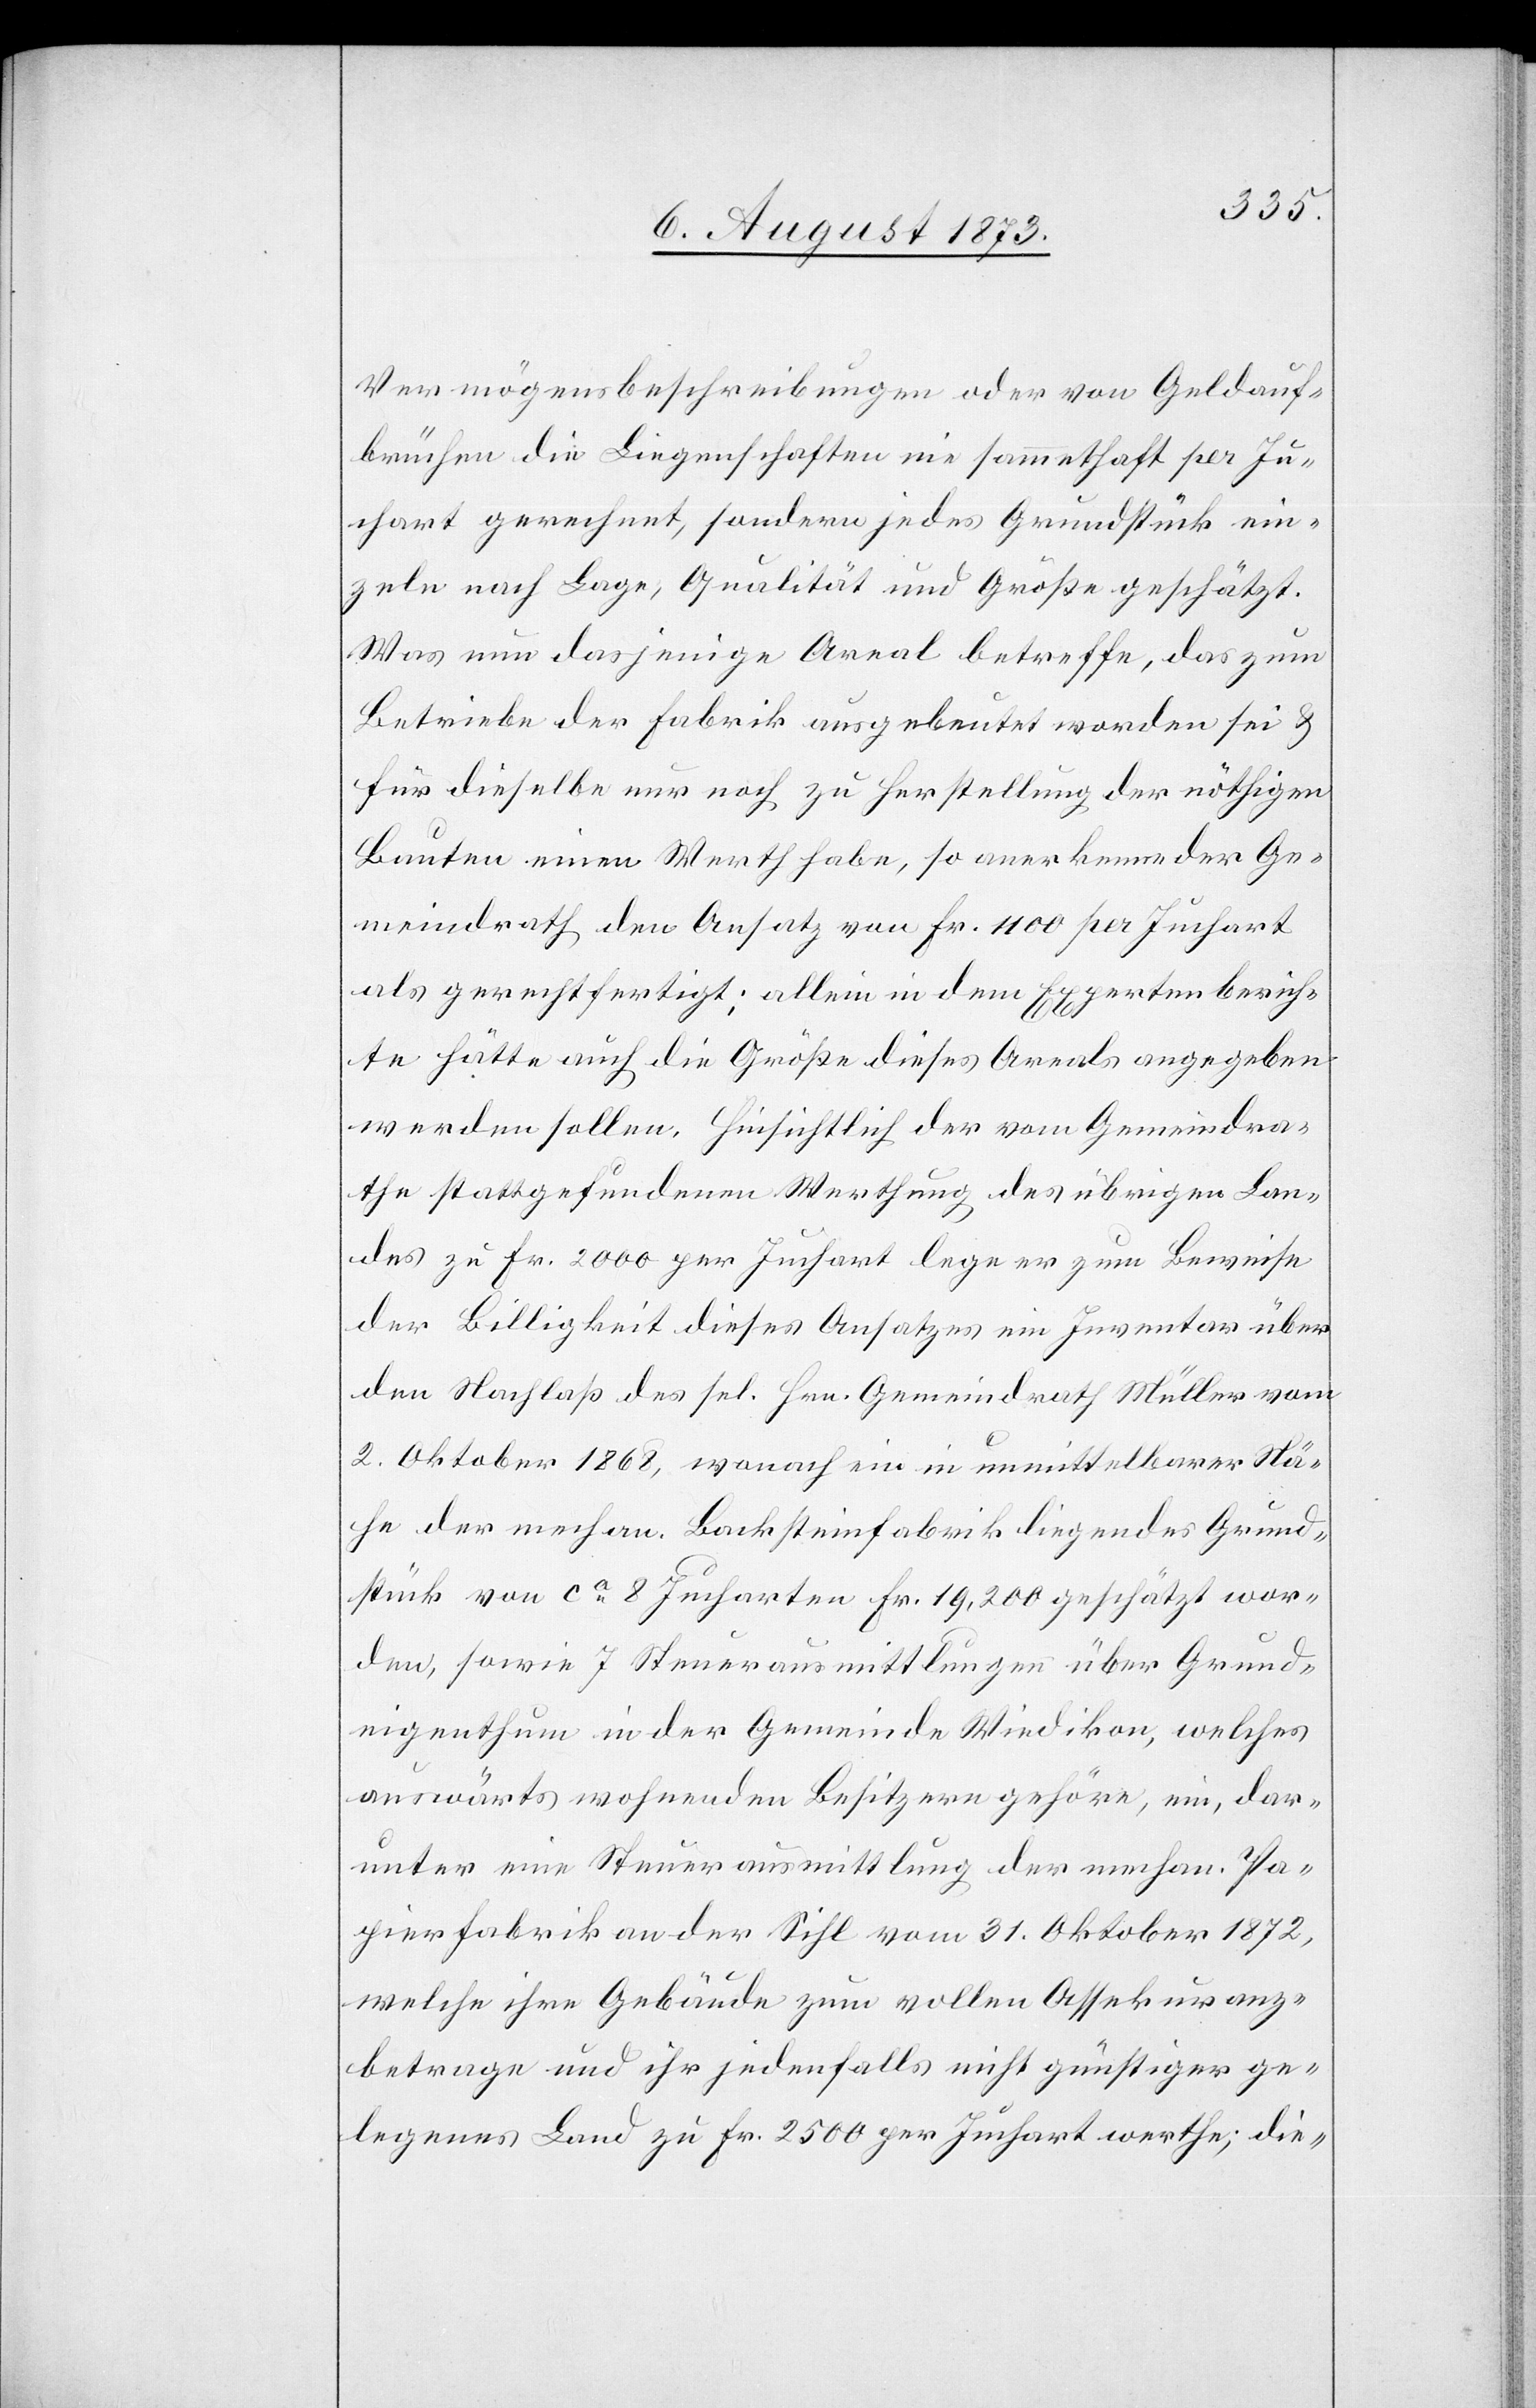
Vermögensbeschreibungen oder von Geldauf¬
brüchen die Liegenschaften nie sammethaft per Ju¬
chart gerechnet, sondern jedes Grundstück ein¬
zeln nach Lage, Qualität und Größe geschätzt.
Was nun dasjenige Areal betreffe, das zum
Betriebe der Fabrik ausgebeutet worden sei &
für dieselbe nur noch zu Herstellung der nöthigen
Bauten einen Werth habe, so anerkenne der Ge¬
meindrath den Ansatz von Fr. 1 100 per Juchart
als gerechtfertigt; allein in dem Expertenberich¬
te hätte auch die Größe dieses Areals angegeben
werden sollen. Hinsichtlich der vom Gemeindra¬
the stattgefundenen Werthung des übrigen Lan¬
des zu Fr. 2 000 per Juchart lege er zum Beweise
der Billigkeit dieses Ansatzes ein Inventar über
den Nachlaß des sel. Hrn. Gemeindrath Müller vom
2. Oktober 1868, wonach ein in unmittelbarer Nä¬
he der mechan. Backsteinfabrik liegendes Grund¬
stück von ca 8 Jucharten Fr. 19,200 geschätzt wor¬
den, sowie 7 Steuerausmittlungen über Grund¬
eigenthum in der Gemeinde Wiedikon, welches
auswärts wohnenden Besitzern gehöre, ein, dar¬
unter eine Steuerausmittlung der mechan. Pa¬
pierfabrik an der Sihl vom 31. Oktober 1872,
welche ihre Gebäude zum vollen Assekuranz¬
betrage und ihr jedenfalls nicht günstiger ge¬
legenes Land zu Fr. 2 500 per Juchart werthe; die-